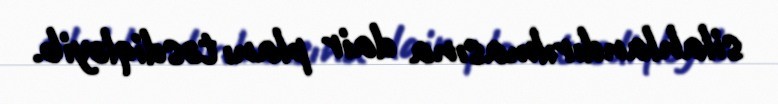
silahlandırılmasına dair planı təsdiqləyib.